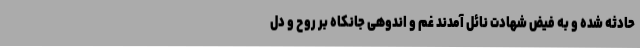
حادثه شده و به فیض شهادت نائل آمدند غم و اندوهی جانکاه بر روح و دل